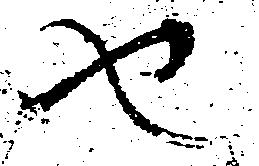
也